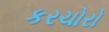
કરચોરો